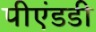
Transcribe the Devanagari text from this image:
पीएंडडी